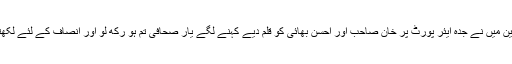
٢٠١٢ مین میں نے جدہ ایئر پورٹ پر خان صاحب اور احسن بھائی کو قلم دیے کہنے لگے یار صحافی تم ہو رکھ لو اور انصاف کے لئے لکھتے رہنا۔